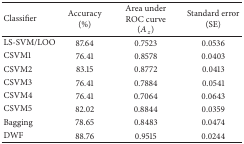
<table><thead><tr><td><b> Classifier </b></td><td><b> Accuracy (%) </b></td><td><b> Area under ROC curve (<i>A</i><sub><i>z</i></sub>) </b></td><td><b> Standard error (SE) </b></td></tr></thead><tbody><tr><td> LS-SVM/LOO </td><td> 87.64 </td><td> 0.7523 </td><td> 0.0536 </td></tr><tr><td> CSVM1 </td><td> 76.41 </td><td> 0.8578 </td><td> 0.0403 </td></tr><tr><td>CSVM2 </td><td> 83.15 </td><td> 0.8772 </td><td> 0.0413 </td></tr><tr><td>CSVM3 </td><td> 76.41 </td><td> 0.7884 </td><td> 0.0541 </td></tr><tr><td>CSVM4 </td><td> 76.41 </td><td> 0.7064 </td><td> 0.0643 </td></tr><tr><td>CSVM5 </td><td> 82.02 </td><td> 0.8844 </td><td> 0.0359 </td></tr><tr><td> Bagging </td><td> 78.65 </td><td> 0.8483 </td><td> 0.0474 </td></tr><tr><td>DWF </td><td> 88.76 </td><td> 0.9515 </td><td> 0.0244 </td></tr></tbody></table>